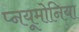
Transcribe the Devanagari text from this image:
प्नयूमोनिया